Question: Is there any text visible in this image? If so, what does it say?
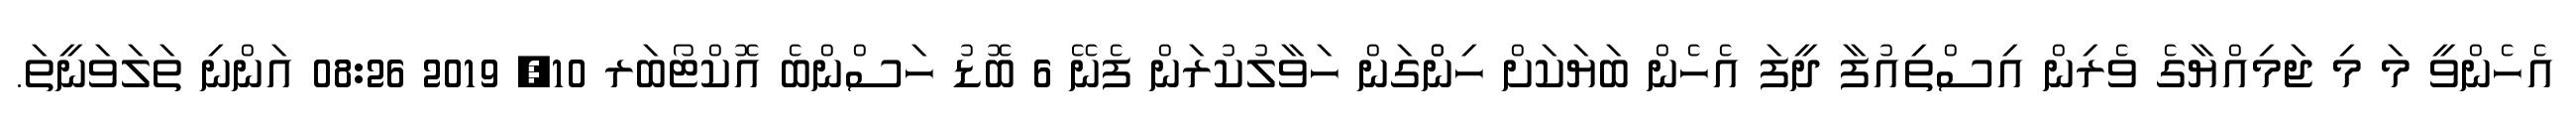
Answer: އެހެންވީ މަ މި ޖަމިއްޔާގެ ވެރިން އިސްތިއުފާ ދީފަ އެހެން ބަޔަކަށް ހިންްގަން ހަވާލުކުރަން ފެނޭ 6 ބޮޑު ހަސްންބެ އޮކްޓޯބަރ 10, 2019 08:26 އަންނި ތަލަވަނީތަ.